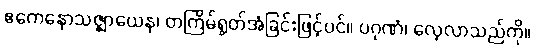
ဧကေနောသဇ္ဈာယေန၊ တကြိမ်ရွတ်အံခြင်းဖြင့်ပင်။ ပဂုဏံ၊ လေ့လာသည်ကို။